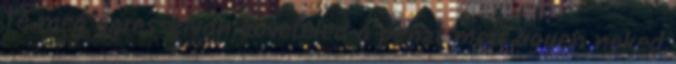
Te meg agresszivan koveteled a penzt mert ugyen neked